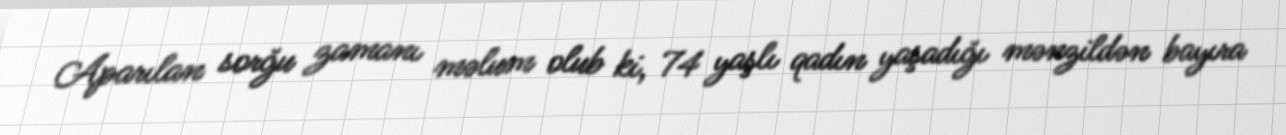
Aparılan sorğu zamanı məlum olub ki, 74 yaşlı qadın yaşadığı mənzildən bayıra